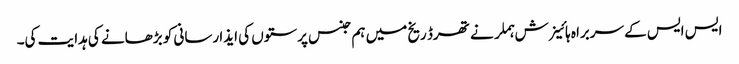
ایس ایس کے سربراہ ہائینرش ہملر نے تھرڈ ریخ میں ہم جنس پرستوں کی ایذا رسانی کو بڑھانے کی ہدایت کی۔